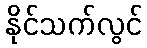
နိုင်သက်လွင်